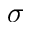
\sigma